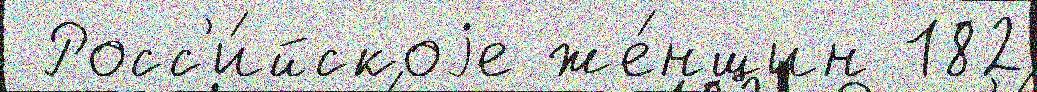
 Росс'и́йскоjе же́нщин 182